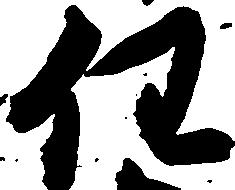
任